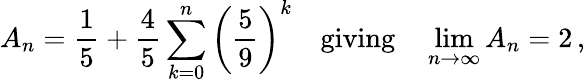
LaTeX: A_{n}={\frac{1}{5}}+{\frac{4}{5}}\sum_{k=0}^{n}\left({\frac{5}{9}}\right)^{k}\quad{\mathrm{giving}}\quad\operatorname*{lim}_{n\rightarrow\infty}A_{n}=2\, ,